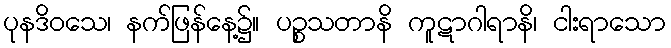
ပုနဒိဝသေ၊ နက်ဖြန်နေ့၌။ ပဉ္စသတာနိ ကူဋာဂါရာနိ၊ ငါးရာသော